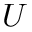
U